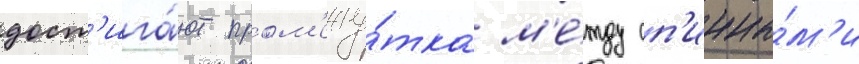
дост'ига́ют пром'ежу́тка м'е́жду сп'инны́м'и